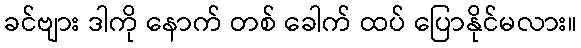
ခင်ဗျား ဒါကို နောက် တစ် ခေါက် ထပ် ပြောနိုင်မလား။